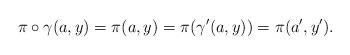
LaTeX: \begin{align*}\pi \circ \gamma (a,y) = \pi (a,y) = \pi (\gamma' (a,y)) = \pi (a',y').\end{align*}